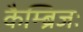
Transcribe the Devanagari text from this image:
कैम्ब्रिजः